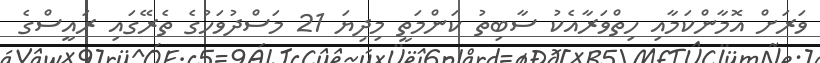
ވަރަށް އޮމާންކަމާއި ހިތްވަރާއެކު ސާބިތު ކަންމަތީ މިދިޔަ 21 މަސްދުވަހުގެ ތެރޭގައި ރައީސްގެ